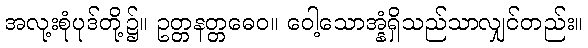
အလု့းစုံပုဒ်တို့၌။ ဥတ္တနတ္တဓေဝ။ ဝေါ့သောအ္နံရှိသည်သာလျှင်တည်း။